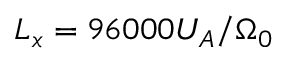
L _ { x } = 9 6 0 0 0 U _ { A } / \Omega _ { 0 }